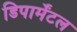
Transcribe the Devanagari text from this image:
डिपार्मेंटल